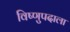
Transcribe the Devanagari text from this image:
विष्णुपदाला